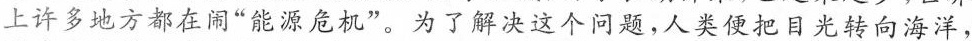
上许多地方都在闹”能源危机”。为了解决这个问题，人类便把目光转向海洋，